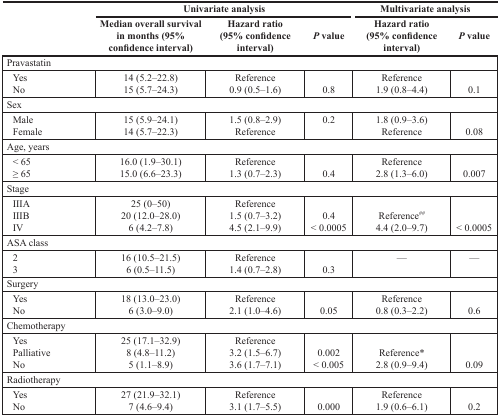
<table><thead><tr><td rowspan="2"></td><td colspan="3"><b>Univariate analysis</b></td><td colspan="2"><b>Multivariate analysis</b></td></tr><tr><td><b>Median overall survival in months (95% confidence interval)</b></td><td><b>Hazard ratio (95% confidence interval)</b></td><td><b><i>P</i> value</b></td><td><b>Hazard ratio (95% confidence interval)</b></td><td><b><i>P</i> value</b></td></tr></thead><tbody><tr><td colspan="6">Pravastatin</td></tr><tr><td> Yes</td><td>14 (5.2–22.8)</td><td>Reference</td><td></td><td>Reference</td><td></td></tr><tr><td> No</td><td>15 (5.7–24.3)</td><td>0.9 (0.5–1.6)</td><td>0.8</td><td>1.9 (0.8–4.4)</td><td>0.1</td></tr><tr><td colspan="6">Sex</td></tr><tr><td> Male</td><td>15 (5.9–24.1)</td><td>1.5 (0.8–2.9)</td><td>0.2</td><td>1.8 (0.9–3.6)</td><td></td></tr><tr><td> Female</td><td>14 (5.7–22.3)</td><td>Reference</td><td></td><td>Reference</td><td>0.08</td></tr><tr><td colspan="6">Age, years</td></tr><tr><td> &lt; 65</td><td>16.0 (1.9–30.1)</td><td>Reference</td><td></td><td>Reference</td><td></td></tr><tr><td> ≥ 65</td><td>15.0 (6.6–23.3)</td><td>1.3 (0.7–2.3)</td><td>0.4</td><td>2.8 (1.3–6.0)</td><td>0.007</td></tr><tr><td colspan="6">Stage</td></tr><tr><td> IIIA</td><td>25 (0–50)</td><td>Reference</td><td></td><td></td><td></td></tr><tr><td> IIIB</td><td>20 (12.0–28.0)</td><td>1.5 (0.7–3.2)</td><td>0.4</td><td>Reference<sup>##</sup></td><td></td></tr><tr><td> IV</td><td>6 (4.2–7.8)</td><td>4.5 (2.1–9.9)</td><td>&lt; 0.0005</td><td>4.4 (2.0–9.7)</td><td>&lt; 0.0005</td></tr><tr><td colspan="6">ASA class</td></tr><tr><td> 2</td><td>16 (10.5–21.5)</td><td>Reference</td><td></td><td>—</td><td>—</td></tr><tr><td> 3</td><td>6 (0.5–11.5)</td><td>1.4 (0.7–2.8)</td><td>0.3</td><td></td><td></td></tr><tr><td colspan="6">Surgery</td></tr><tr><td> Yes</td><td>18 (13.0–23.0)</td><td>Reference</td><td></td><td>Reference</td><td></td></tr><tr><td> No</td><td>6 (3.0–9.0)</td><td>2.1 (1.0–4.6)</td><td>0.05</td><td>0.8 (0.3–2.2)</td><td>0.6</td></tr><tr><td colspan="6">Chemotherapy</td></tr><tr><td> Yes</td><td>25 (17.1–32.9)</td><td>Reference</td><td></td><td></td><td></td></tr><tr><td> Palliative</td><td>8 (4.8–11.2)</td><td>3.2 (1.5–6.7)</td><td>0.002</td><td>Reference*</td><td></td></tr><tr><td> No</td><td>5 (1.1–8.9)</td><td>3.6 (1.7–7.1)</td><td>&lt; 0.005</td><td>2.8 (0.9–9.4)</td><td>0.09</td></tr><tr><td colspan="6">Radiotherapy</td></tr><tr><td> Yes</td><td>27 (21.9–32.1)</td><td>Reference</td><td></td><td>Reference</td><td></td></tr><tr><td> No</td><td>7 (4.6–9.4)</td><td>3.1 (1.7–5.5)</td><td>0.000</td><td>1.9 (0.6–6.1)</td><td>0.2</td></tr></tbody></table>